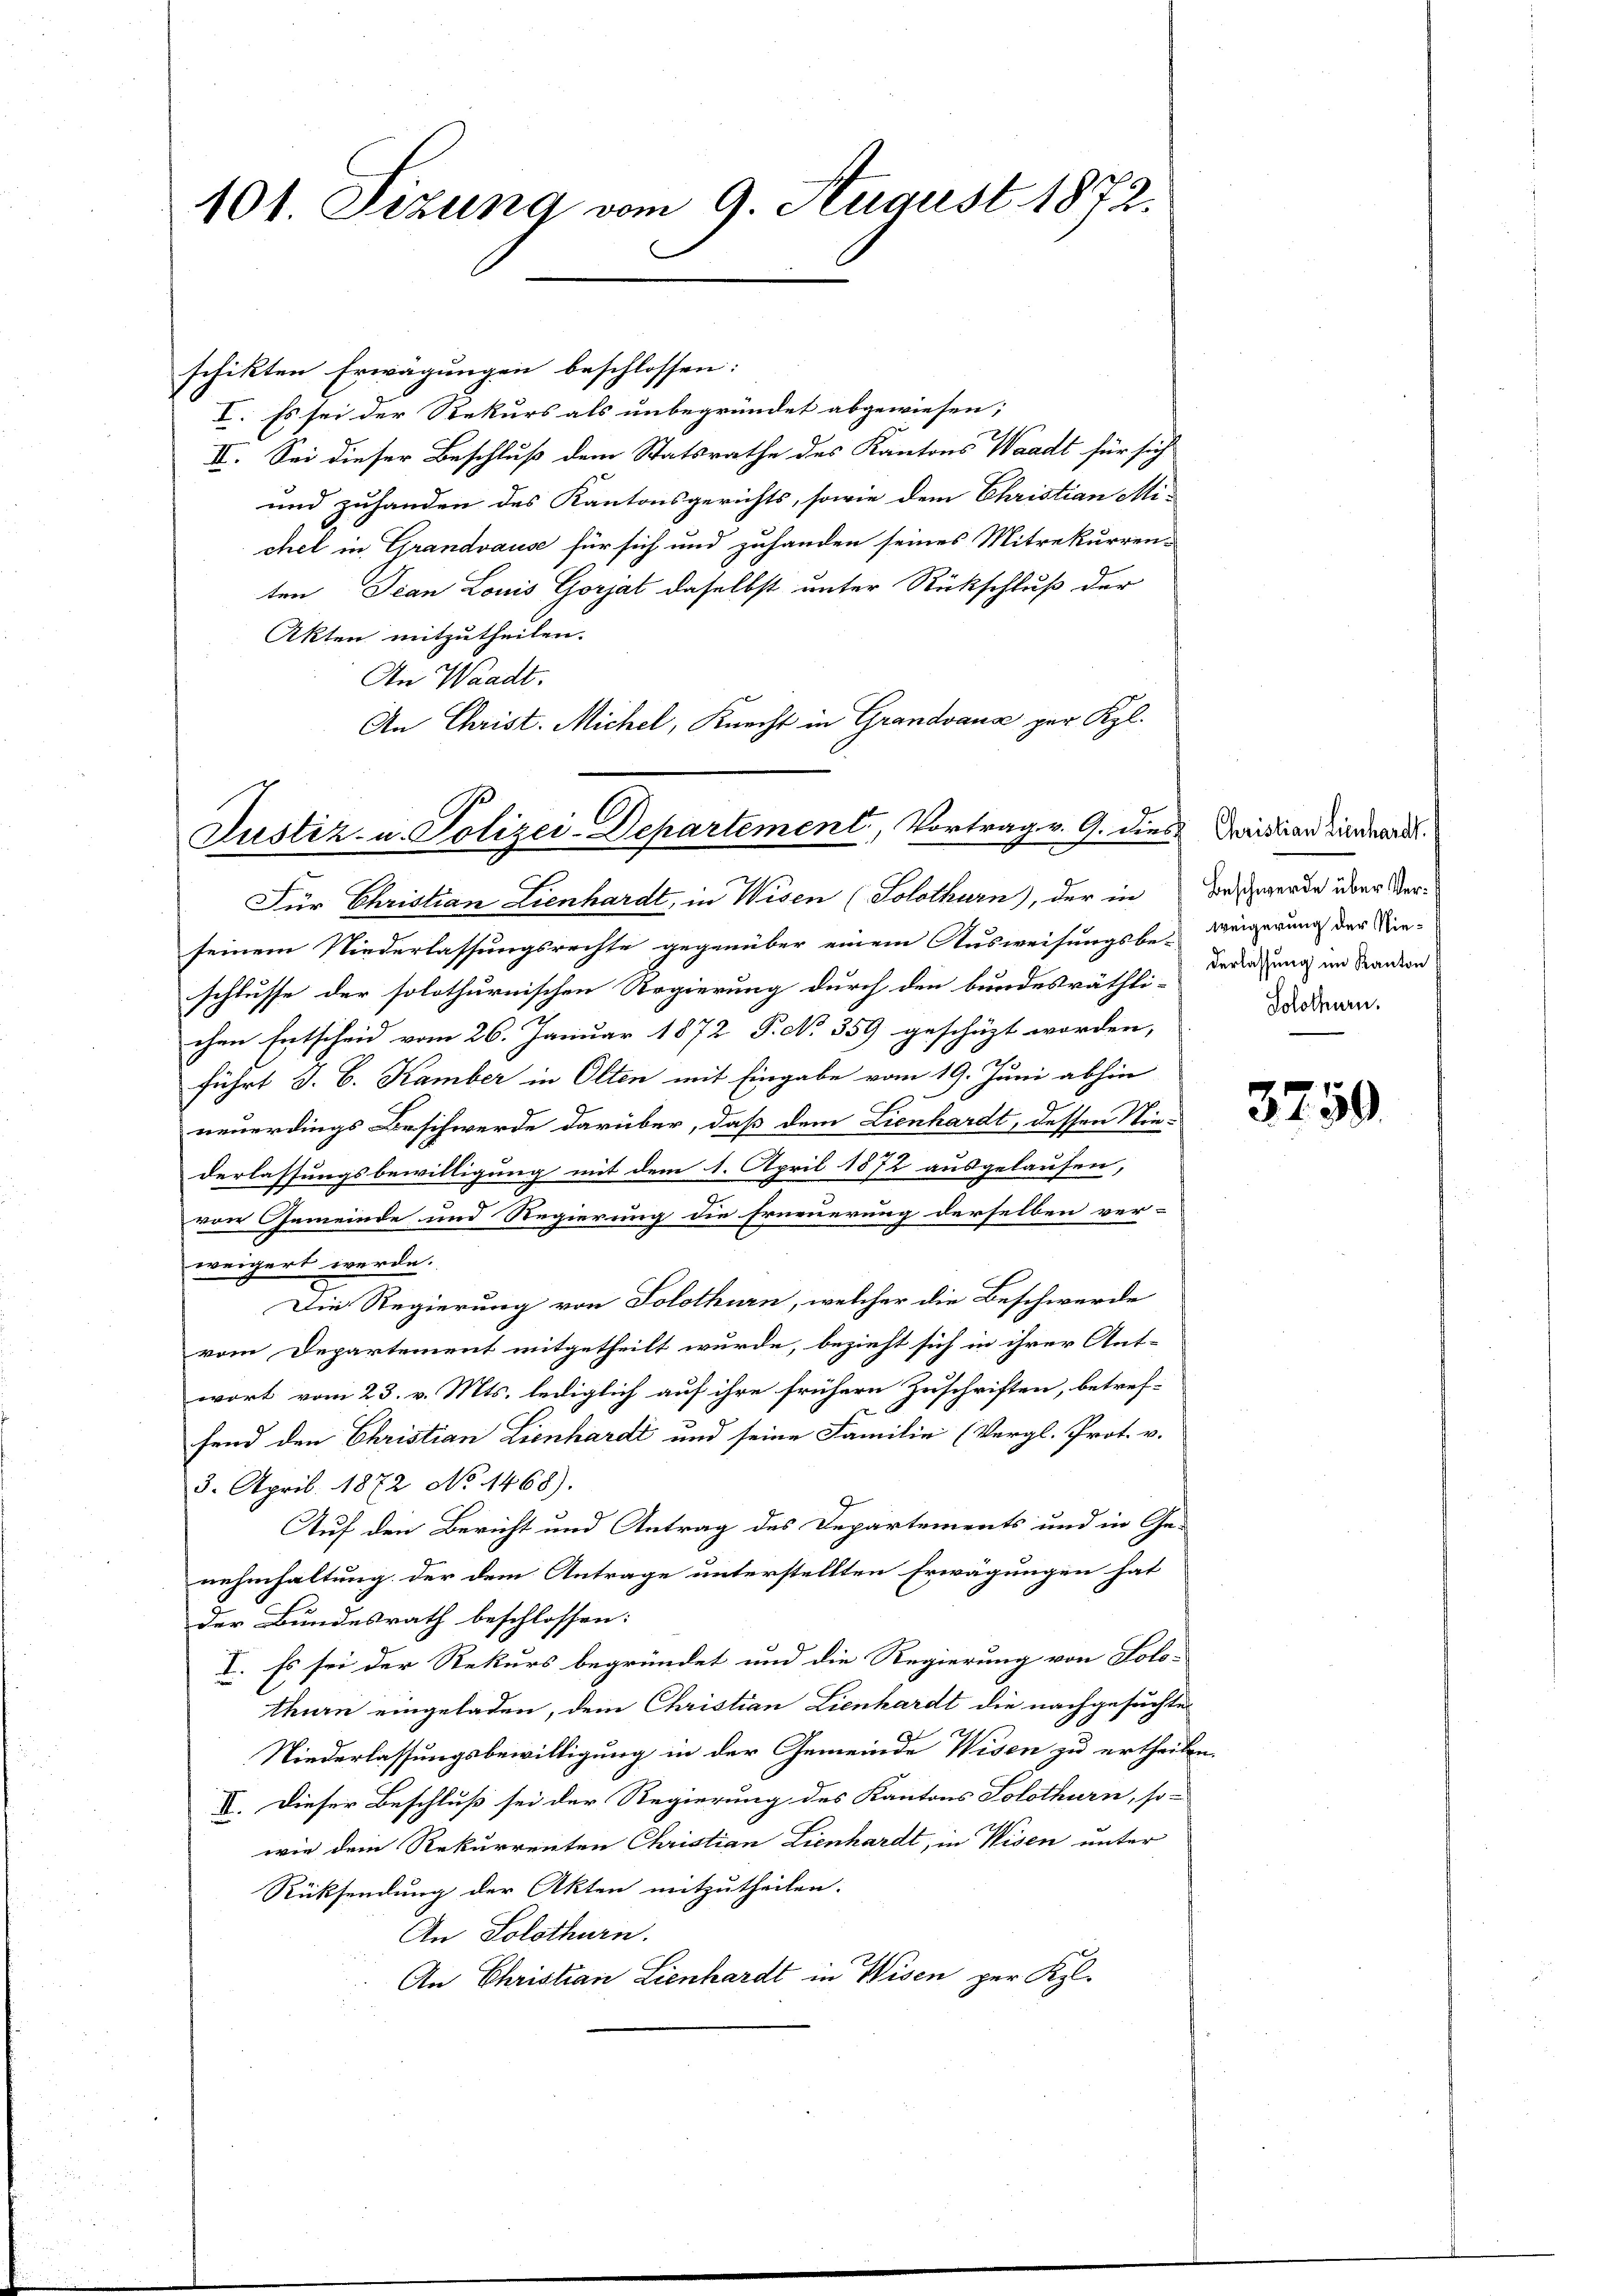
101. Fizung vom 9. August 1872.

schikten Erwägungen beschlossen:
I. Es sei der Rekurs als unbegründet abgewiesen;
II. Sei dieser Beschluß dem Statsrathe des Kantons Waadt für sich
und zuhanden des Kantonsgerichts, sowie dem Christian Mi-
chel in Grandvause für sich und zuhanden seines Mitrekurren-
ten Jean Louis Gorjal daselbst unter Rückschluß der
Akten mitzutheilen.
An Waadt.
An Christ. Michel, Knecht in Grandvaux per Kgl.

Justiz- u. Polizei-Departement, Vortrag v. G. dies

Für Christian Lienhardt, in Wisen (Solothurn), der in des werde über Verseinem Niederlassungsrechte gegenüber einem Ausweisungsbe-Weigerung der Nie-
schlusse der solothurnischen Regierung durch den bundesräthli-Bedingung im Sander
chen Entscheid vom 26. Januar 1872 P. No 359 geschüzt worden,
führt J. C. Kamber in Olten mit Eingabe vom 19. Juni abhin
neuerdings Beschwerde darüber, daß dem Lienhardt, dessen Niederlassungsbewilligung mit dem 1. April 1872 ausgelaufen,
von Gemeinde und Regierung die Erneuerung derselben ver-
weichert werde.
Die Regierung von Solothurn, welcher die Beschwerde
vom Departement mitgetheilt wurde, bezieht sich in ihrer Ant-
wort vom 23. v. Mts. lediglich auf ihre frühern Zuschriften, betref-
fend den Christian Lienhardt und seine Familie (Vergl. Prot. v.
3. April 1872 No 1468).
Auf den Bericht und Antrag des Departements und in Genehmhaltung der dem Antrage unterstellten Erwägungen hat
der Bundesrath beschlossen:
I. Es sei der Rekurs begründet und die Regierung von Solo-
thurn eingeladen, dem Christian Lienhardt die nachgesuchtes
Niederlassungsbewilligung in der Gemeinde Wisen zu ertheilen.
II. Dieser Beschluß sei der Regierung des Kantons Solothurn, so-
wie dem Rekurrenten Christian Lienhardt, in Wisen unter
Rücksendung der Akten mitzutheilen.
An Solothurn.
An Christian Lienhardt in Wisen per Kgl.

Christian Lienhardt.
Solothurn.

3759.